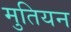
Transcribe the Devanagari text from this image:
मुतियन